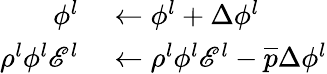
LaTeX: \begin{array}{rl}{\phi^{l}}&{{}\leftarrow\phi^{l}+\Delta\phi^{l}}\\ {\rho^{l}\phi^{l}\mathscr{E}^{l}}&{{}\leftarrow\rho^{l}\phi^{l}\mathscr{E}^{l}-\overline{{p}}\Delta\phi^{l}}\end{array}